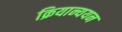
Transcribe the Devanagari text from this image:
क्रियान्ययन